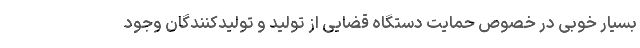
بسیار خوبی در خصوص حمایت دستگاه قضایی از تولید و تولیدکنندگان وجود